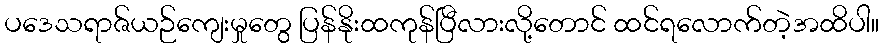
ပဒေသရာဇ်ယဉ်ကျေးမှုတွေ ပြန်နိုးထကုန်ပြီလားလို့တောင် ထင်ရလောက်တဲ့အထိပါ။